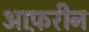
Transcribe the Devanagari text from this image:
आफ़रीन